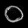
Digit: ၀